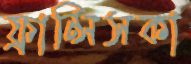
ফ্রান্সিসকা